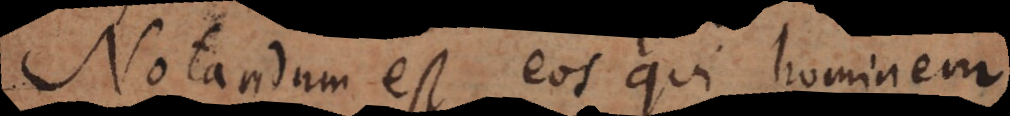
Notandum est eos qui hominem